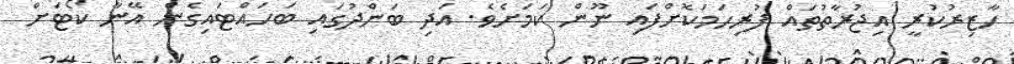
ހާޒިރުކުރީ އިޖުރާތުތައް ފުރިހަމަކޮށްފައި ނޫން ކަަމަށެވެ. އަދި ބަންދުގައި ބަހައްޓައިގެން އޭނާ ކޯޓަށް